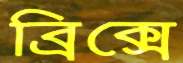
ব্রিক্সে